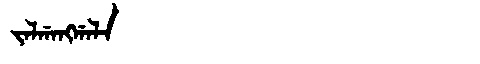
Manchu: ᠵᠠᠯᡤᠠᠩᡤᠠᠯᠠ
Romanization: JALGANGGALA